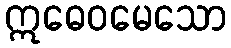
ဣဓေဝမေသော